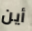
أين